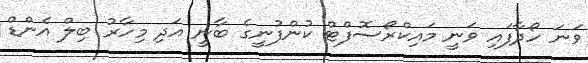
ވަނަ ހޯދާފައި ވަނީ މައިކްރޯސޮފްޓް ކުންފުނީގެ ބާނީ އަދި މިހާރު ބިލް އެންޑް